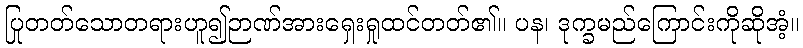
ပြုတတ်သောတရားဟူ၍ဉာဏ်အားရှေးရှုထင်တတ်၏။ ပန၊ ဒုက္ခမည်ကြောင်းကိုဆိုအံ့။